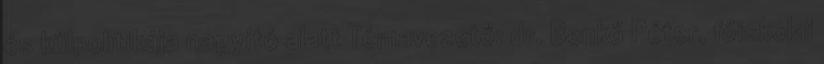
és külpolitikája nagyító alatt Témavezető: dr. Benkő Péter, főiskolai